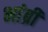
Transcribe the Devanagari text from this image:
भांब्री